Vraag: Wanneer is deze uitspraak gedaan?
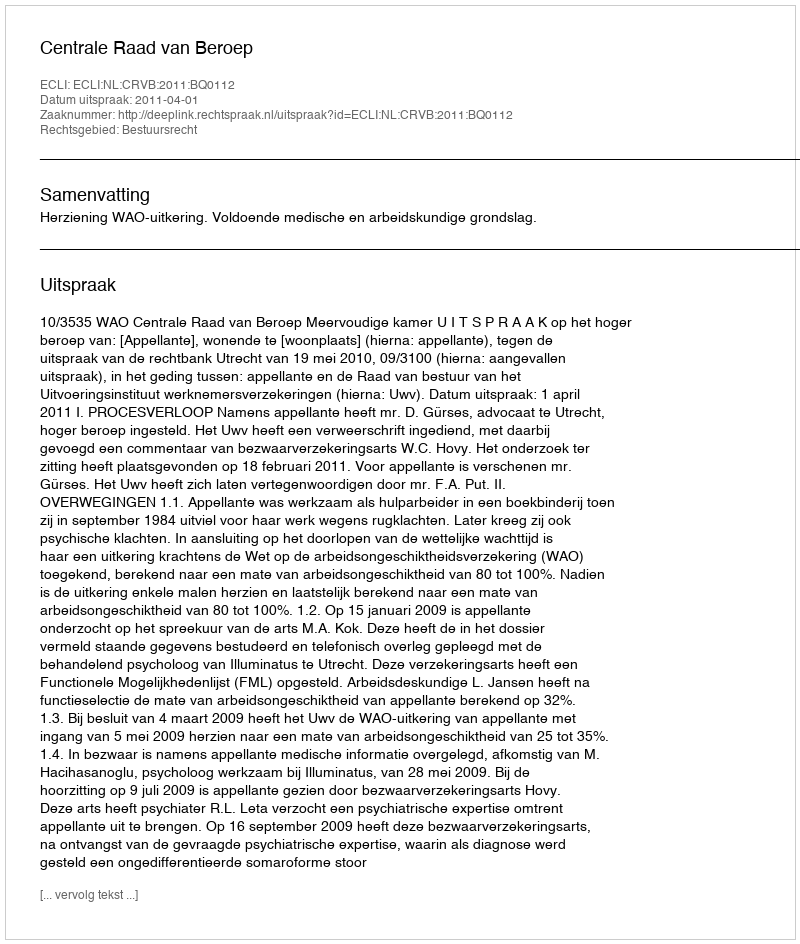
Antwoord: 2011-04-01